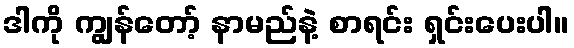
ဒါကို ကျွန်တော့် နာမည်နဲ့ စာရင်း ရှင်းပေးပါ။